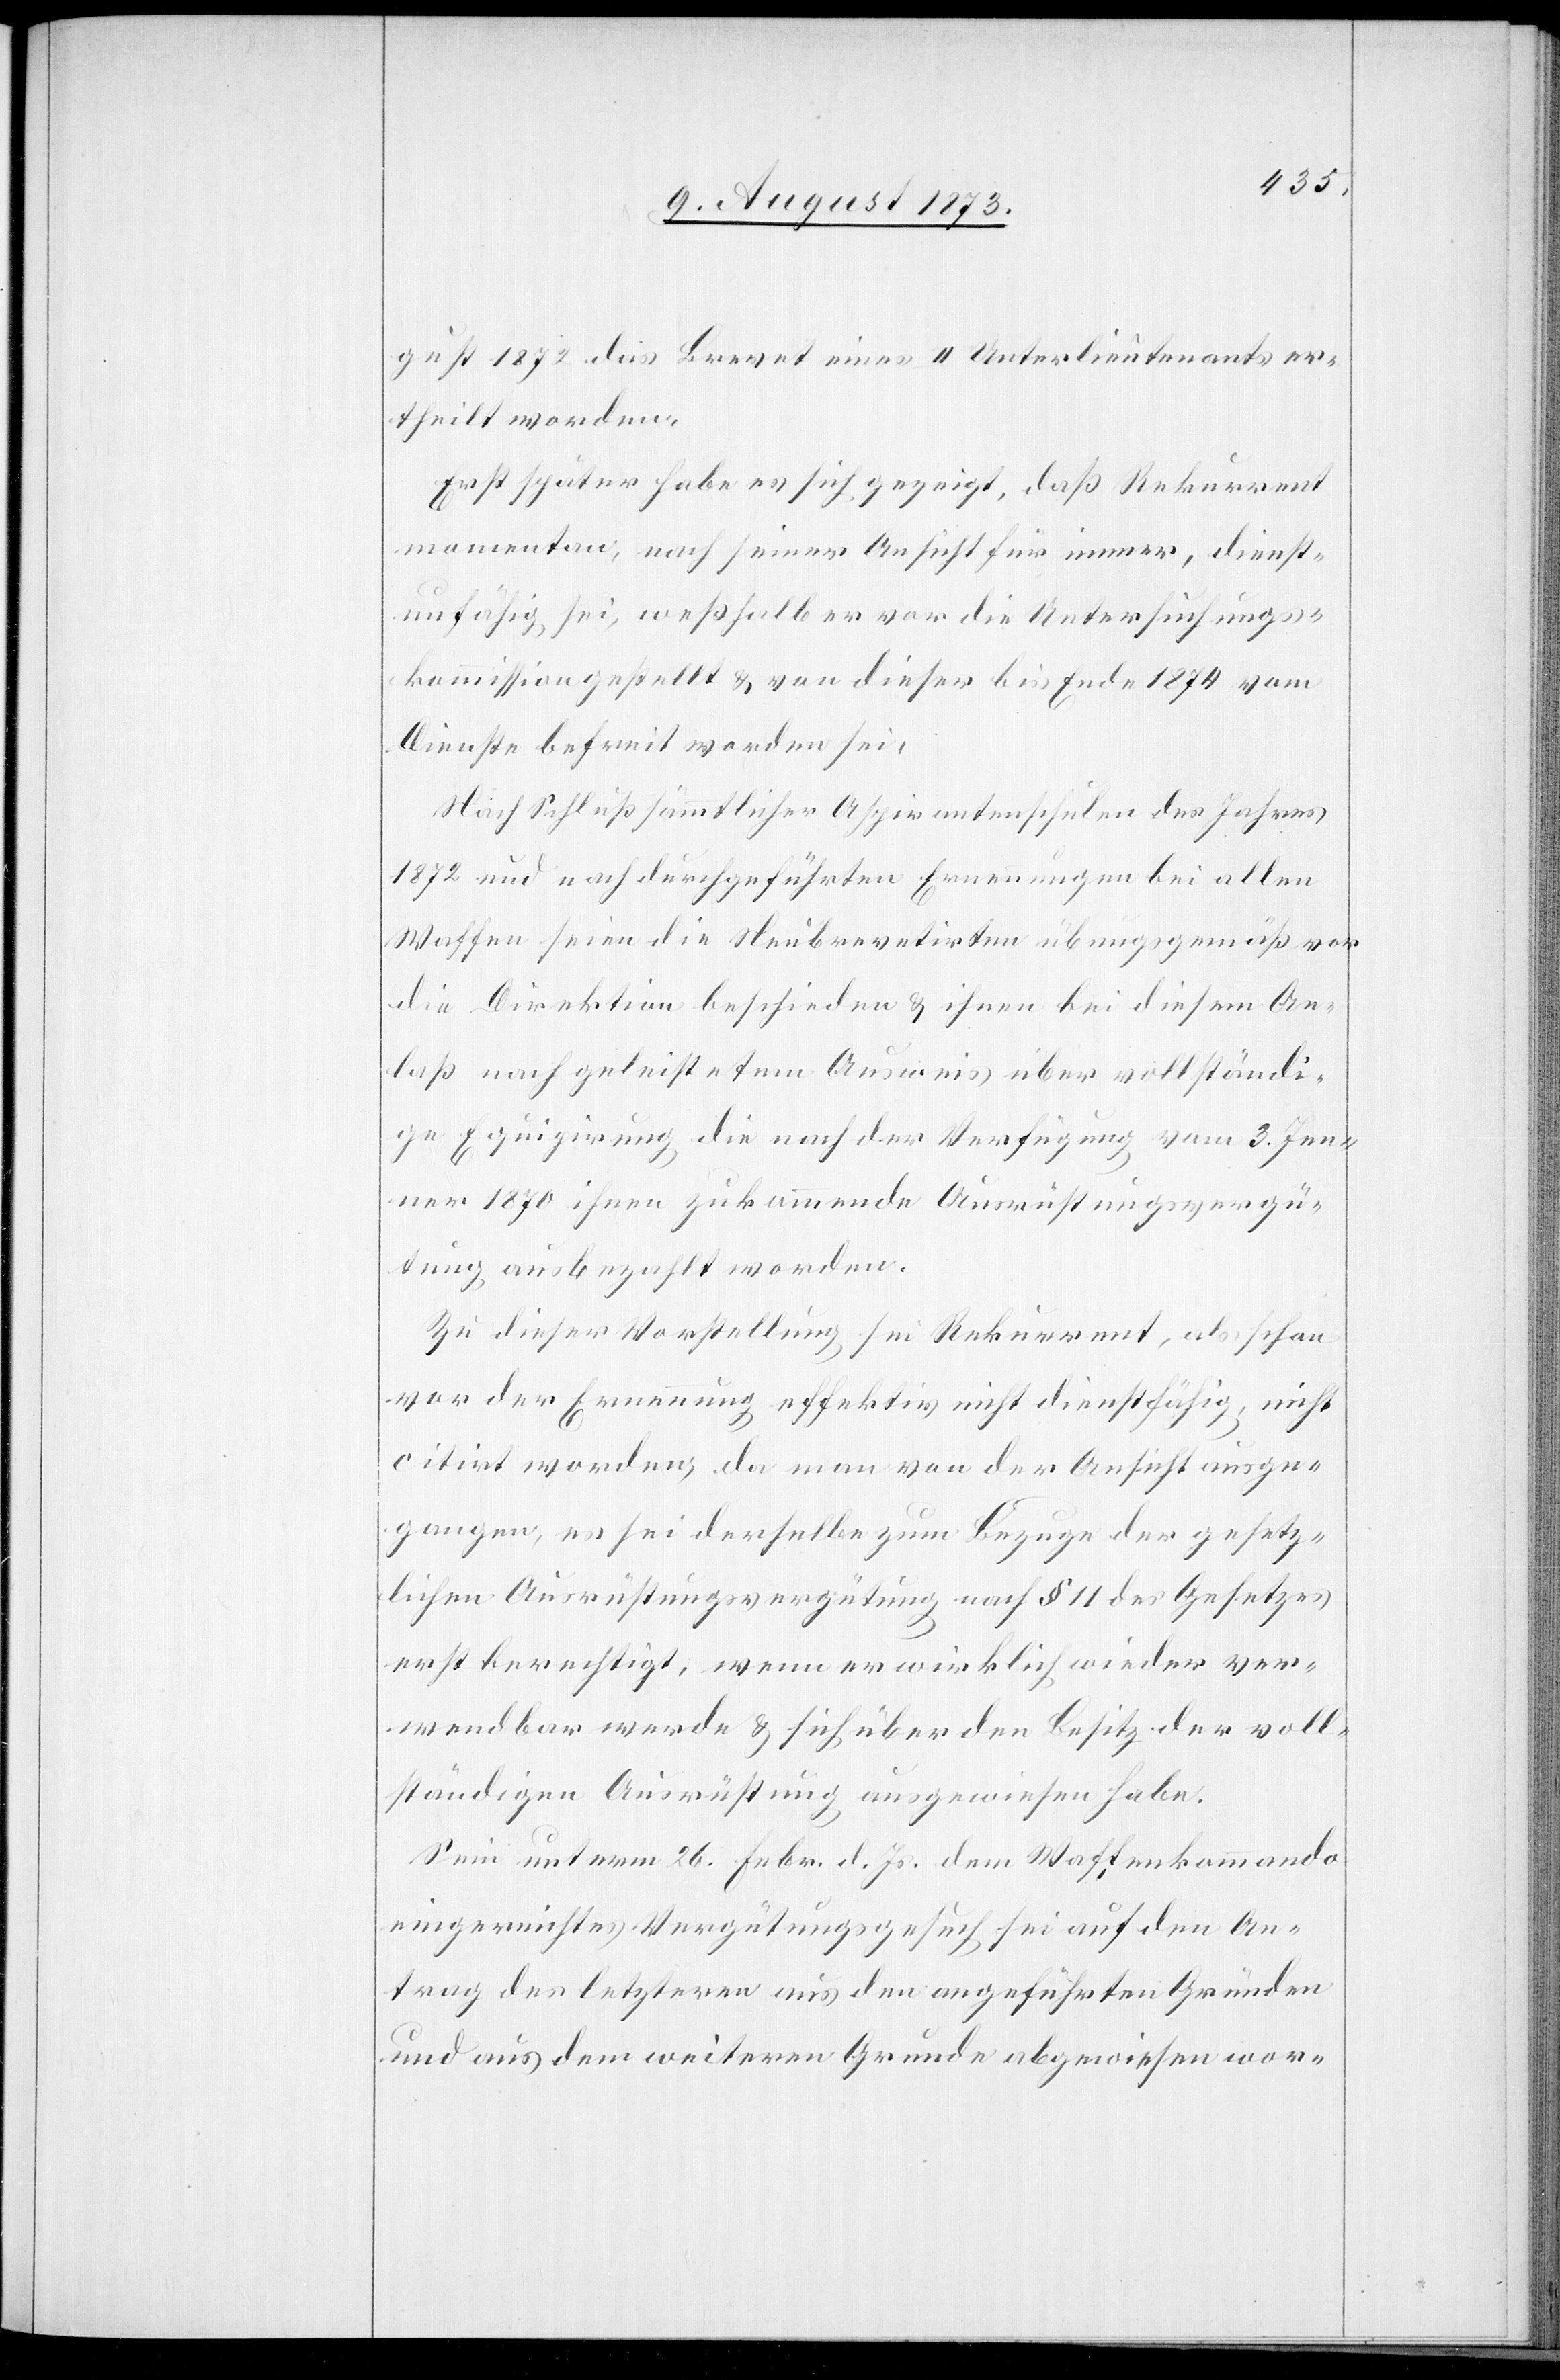
gust 1872 das Brevet eines II Unterlieutenants er¬
theilt worden.
Erst später habe es sich gezeigt, daß Rekurrent
momentan, nach seiner Ansicht für immer, dienst¬
unfähig sei, weßhalb er vor die Untersuchungs¬
kommission gestellt & von dieser bis Ende 1874 vom
Dienste befreit worden sei.
Nach Schluß sämmtlicher Aspirantenschulen des Jahres
1872 und nach durchgeführten Ernennungen bei allen
Waffen seien die Neubrevetirten übungsgemäß vor
die Direktion beschieden & ihnen bei diesem An¬
laß nach geleistetem Ausweis über vollständi¬
ge Equipirung die nach der Verfügung vom 3. Jen¬
ner 1870 ihnen zukommende Ausrüstungsvergü¬
tung ausbezahlt worden.
Zu dieser Vorstellung sei Rekurrent, als schon
vor der Ernennung effektiv nicht dienstfähig, nicht
citirt worden, da man von der Ansicht ausge¬
gangen, es sei derselbe zum Bezuge der gesetz¬
lichen Ausrüstungsvergütung nach § 11 des Gesetzes
erst berechtigt, wenn er wirklich wieder ver¬
wendbar werde & sich über den Besitz der voll¬
ständigen Ausrüstung ausgewiesen habe.
Sein unterm 26. Febr. d. Js. dem Waffenkommando
eingereichtes Vergütungsgesuch sei auf den An¬
trag des letzteren aus den angeführten Gründen
und aus dem weiteren Grunde abgewiesen wor-